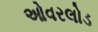
ઓવરલોડ